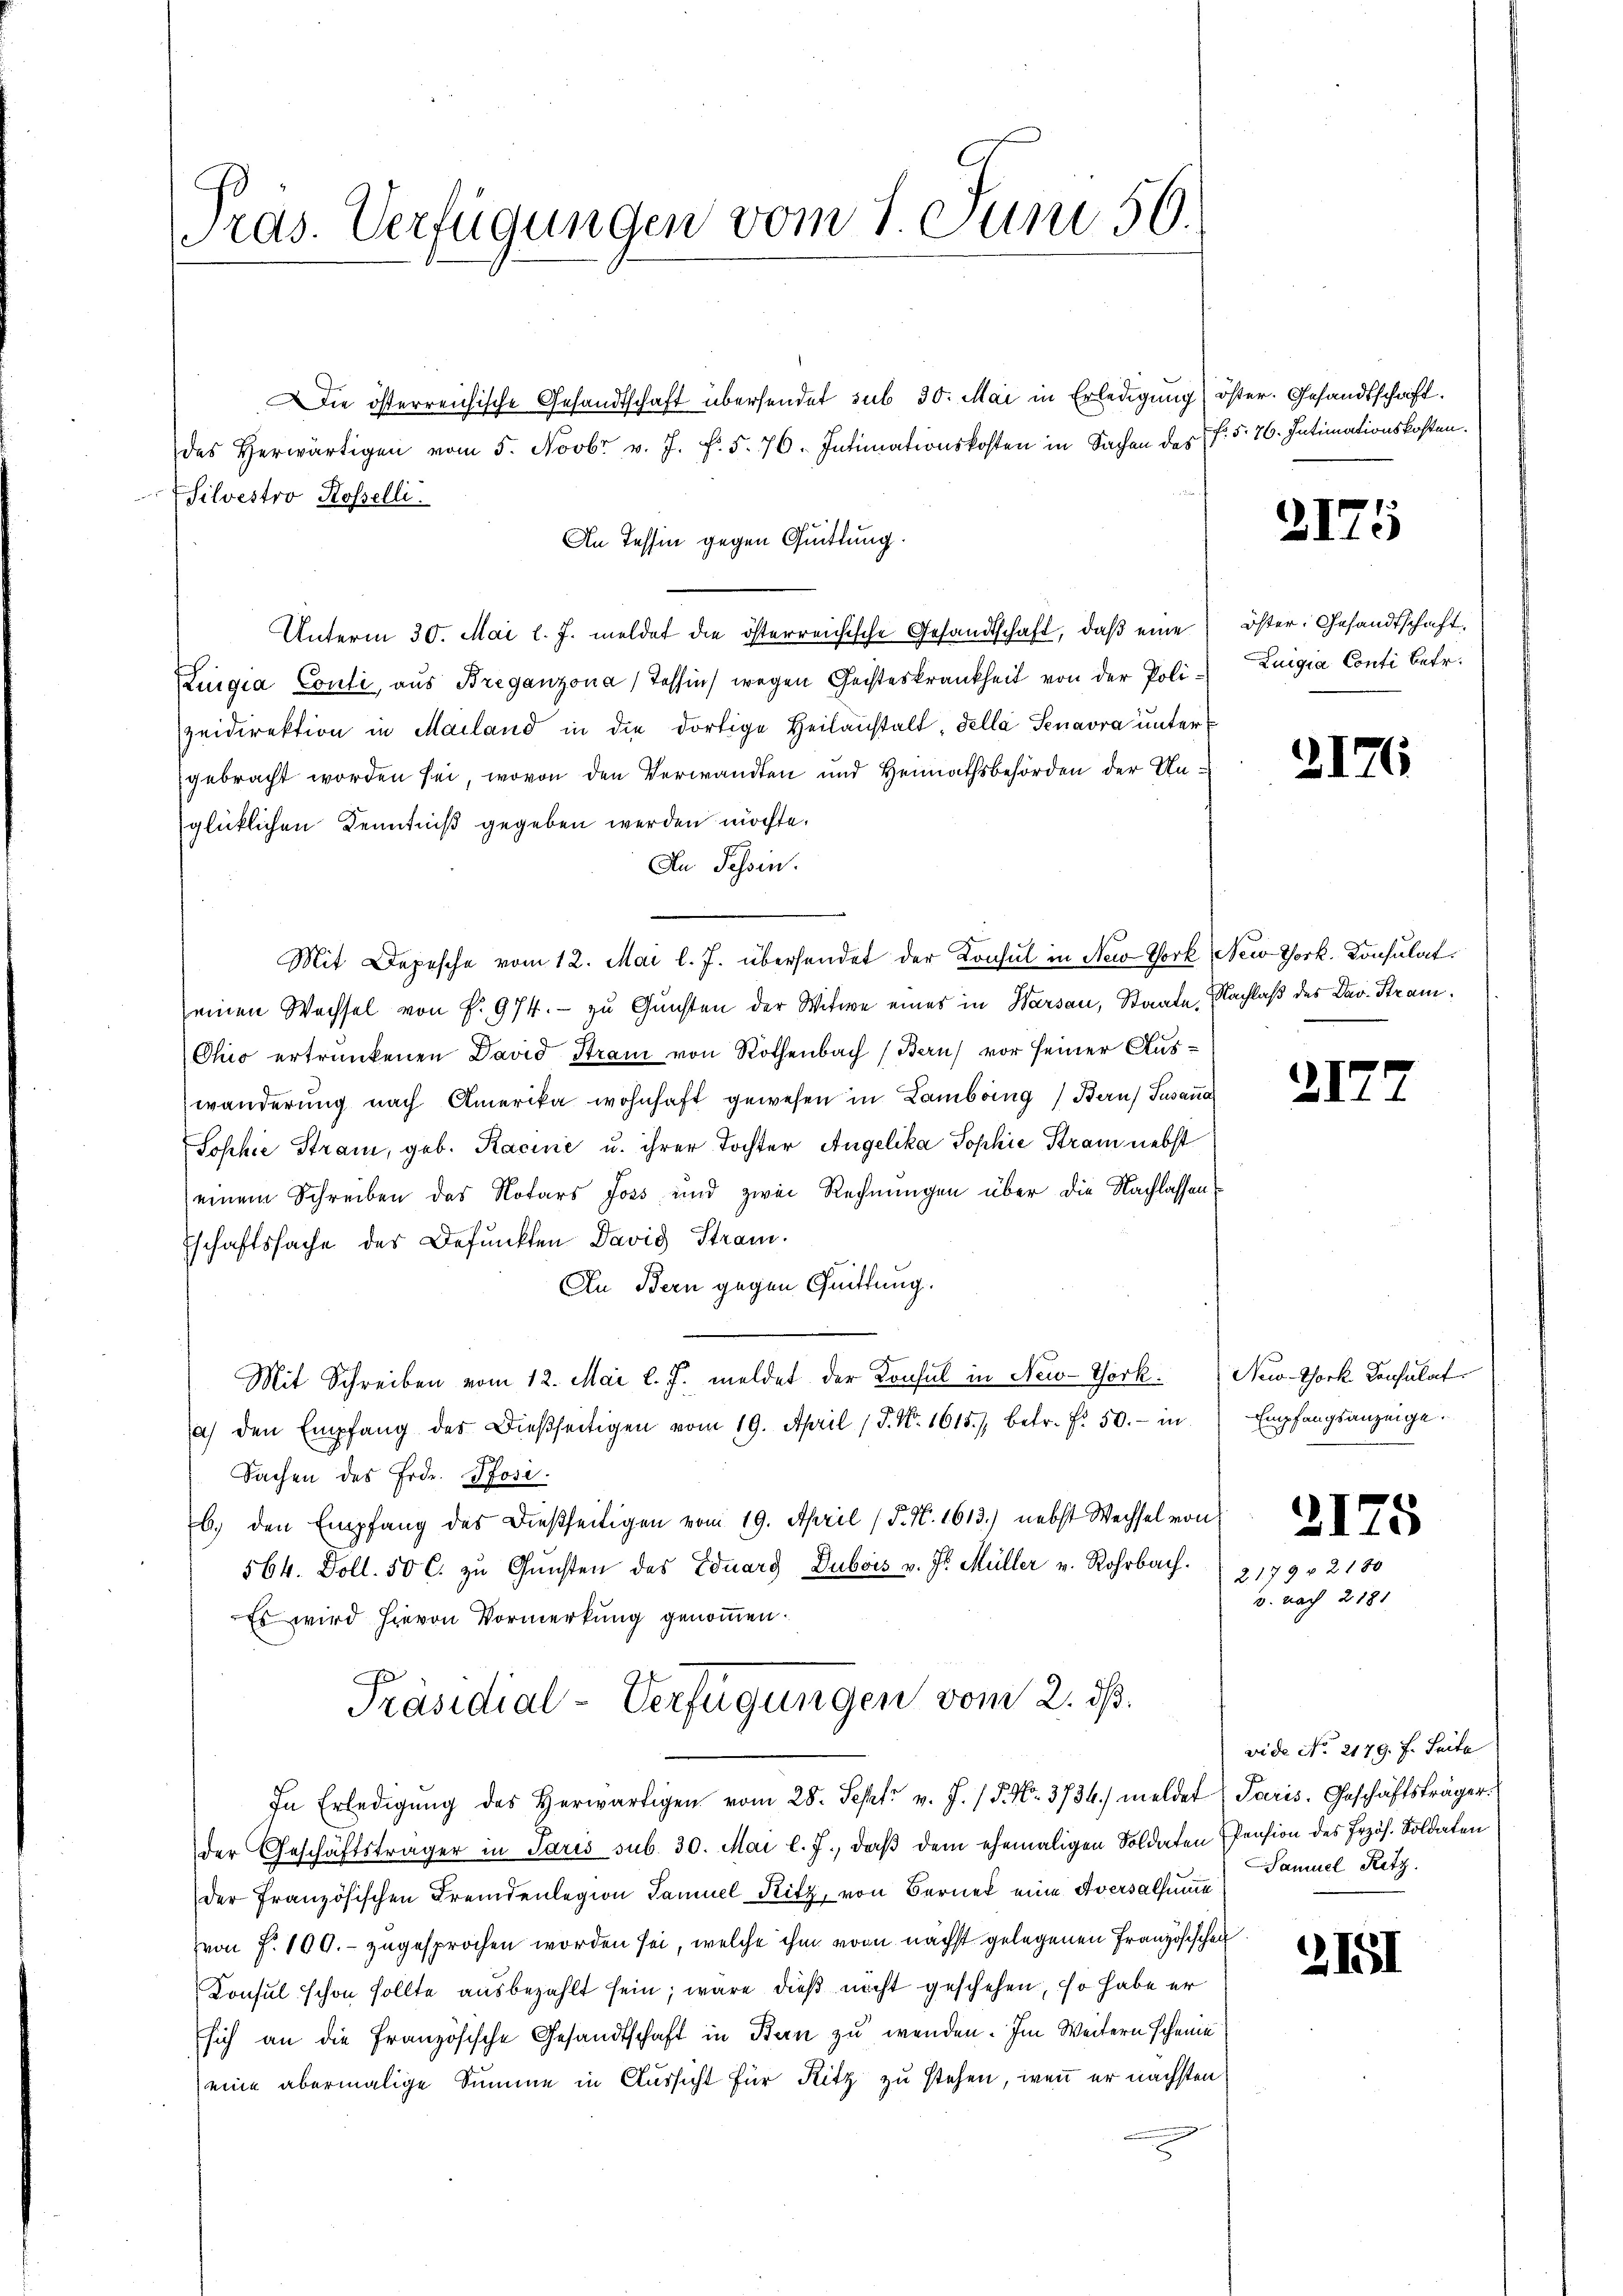
ras. Verfügungen vom 1. Juni 56.

Die österreichische Gesandtschaft übersendet sub 30. Mai in Erledigung öster. Gesandtschaft.
des herwärtigen vom 5. Novbr v. J. f. 5. 76. Intimationskosten in Sachen des Fr. 5. 76. Intimationskosten.
Silvestro Rosselli
An Tessin gegen Quittung.
Unterm 30. Mai l. J. meldet die österreichische Gesandtschaft, daβ eine öster, Gesandtschaft.
Luigia Conti, aus Breganzona, Tessin wegen Geisteskrankheit von der Poli-Zuigia Conti betr.
zeidirektion in Mailand in die dortige Heilanstalt, della Senavra untergebracht worden sei, wovon den Verwandten und Heimathsbehörden der Unglücklichen Kenntniß gegeben werden möchte.
An Tessin.
Mit Depesche vom 12. Mai l. J. überhandet der Konsul in New York New York. Konsulat
einen Wachsel von P. 974. - zu Gunsten der Witwe eines in Warsau, Staate, Nachlaß des Dav. Stram¬
Chio ertrunkenen David Stram von Rothenbach (Bern) vor seiner Auswänderung nach Amerika wohnhaft gewesen in Lambring Bern Susana
Sophie Stram, geb. Kacine u. ihrer Tochter Angelika Sophie Stram nebst
einem Schreiben des Notars Joss und zwei Rechnungen über die Nachlassens
Eschaftssache des Befunkten David Stram.
An Bern gegen Quittung.
Mit Schreiben vom 12. Mai l. J. meldet der Konsul in New-York Neo-York Consulat
a) den Empfang des dießseitigen vom 19. April (S. Nr. 1615./, betr. f. 50.- in
Sachen des Erde. Posi
b. den Empfang des dießseitigen vom 19. April (T. N. 1613.) nebst Wechsel von
564. Doll. 50 C. zu Gunsten des Eduarg Dubois v. Js. Müller v. Rohrbach.
Es wird hievon Vormerkung genommen.
Präsidial-Verfügungen vom 2. ds.
In Erledigŭng des Herwärtigen vom 28. Sept v. J. P. Nr. 3736. meldet Paris. Geschäftsträger.
der Geschäftsträger in Paris sub. 30. Mai l. J., daß dem ehemaligen Soldaten Pension des Erzös. Soldaten
der Französischen Fremdenlegion Samuel Kitz, von Bernet eine Aversalsumme
(von f. 100.- zugesprochen worden sei, welche ihm vom nächst gelegenen Französischen
Konsul schon sollte ausbezahlt sein, wäre dieß nicht geschehen, so habe er
sich an die Französische Gesandtschaft in Bern zu wenden. Im Weitern scheine
eine abermalige Summe in Aussicht für Ritz zu stehen, wenn er nächsten

Empfangsanzeige.

2175

2176

217.

2175
2179 f 2180
v. nach 2181

vide No. 2179. f. Seite
Samuel Retz.

211